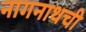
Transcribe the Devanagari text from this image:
नागनाथची